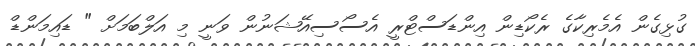
ގުޅިގެން އެމެރިކާގެ ރެކޯޑިން އިންޑަސްޓްރީ އެސޯސިއޭޝަނުން ވަނީ މި އަލްބަމަށް " ޑައިމަންޑް